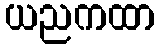
ယညကထာ